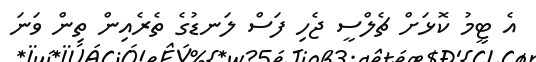
އެ ޓީމު ކޮޅަށް ޗެލްސީ ޖެހި ފަސް ލަނޑުގެ ތެރެއިން ތިން ވަނަ